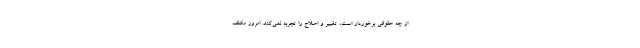
از چه حقوقی برخوردار است، تغییر و اصلاح را تجربه نمی‌کند. امروز مکلف